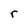
Character: r